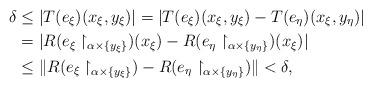
LaTeX: \begin{align*}\delta &\leq |T(e_\xi)(x_\xi,y_\xi)|=|T(e_\xi)(x_\xi,y_\xi)-T(e_\eta)(x_\xi,y_\eta)|\\&=|R(e_\xi\restriction_{\alpha\times \{y_\xi\}})(x_\xi)-R(e_\eta\restriction_{\alpha\times \{y_\eta\}})(x_\xi)|\\&\leq\|R(e_\xi\restriction_{\alpha\times \{y_\xi\}})-R(e_\eta\restriction_{\alpha\times \{y_\eta\}})\|<\delta,\end{align*}